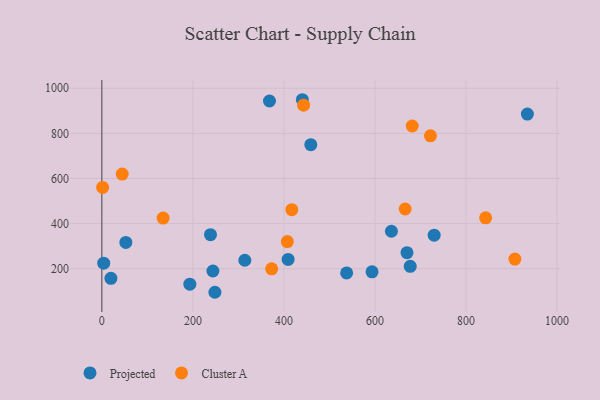
{"axis": {"x": "Speed", "y": "Sales"}, "legend": ["Cluster A", "Projected"], "data": [{"x": "314.1", "y": 237.3, "type": "Projected"}, {"x": "730.1", "y": 348.7, "type": "Projected"}, {"x": "4.1", "y": 224.4, "type": "Projected"}, {"x": "459.1", "y": 750.1, "type": "Projected"}, {"x": "52.7", "y": 316.3, "type": "Projected"}, {"x": "934.9", "y": 885.7, "type": "Projected"}, {"x": "636.2", "y": 365.9, "type": "Projected"}, {"x": "670.4", "y": 270.9, "type": "Projected"}, {"x": "248.4", "y": 95.4, "type": "Projected"}, {"x": "238.7", "y": 350.6, "type": "Projected"}, {"x": "677.5", "y": 210.5, "type": "Projected"}, {"x": "537.8", "y": 181.4, "type": "Projected"}, {"x": "19.9", "y": 157.3, "type": "Projected"}, {"x": "409.2", "y": 241.1, "type": "Projected"}, {"x": "193.3", "y": 131.5, "type": "Projected"}, {"x": "244.0", "y": 189.8, "type": "Projected"}, {"x": "440.5", "y": 949.2, "type": "Projected"}, {"x": "368.3", "y": 943.5, "type": "Projected"}, {"x": "593.6", "y": 186.2, "type": "Projected"}, {"x": "417.4", "y": 461.7, "type": "Cluster A"}, {"x": "721.9", "y": 789.3, "type": "Cluster A"}, {"x": "373.0", "y": 199.2, "type": "Cluster A"}, {"x": "681.9", "y": 832.6, "type": "Cluster A"}, {"x": "134.6", "y": 424.5, "type": "Cluster A"}, {"x": "44.7", "y": 619.3, "type": "Cluster A"}, {"x": "1.7", "y": 560.4, "type": "Cluster A"}, {"x": "443.2", "y": 925.0, "type": "Cluster A"}, {"x": "407.5", "y": 320.3, "type": "Cluster A"}, {"x": "907.4", "y": 242.8, "type": "Cluster A"}, {"x": "666.4", "y": 464.6, "type": "Cluster A"}, {"x": "843.2", "y": 425.4, "type": "Cluster A"}]}